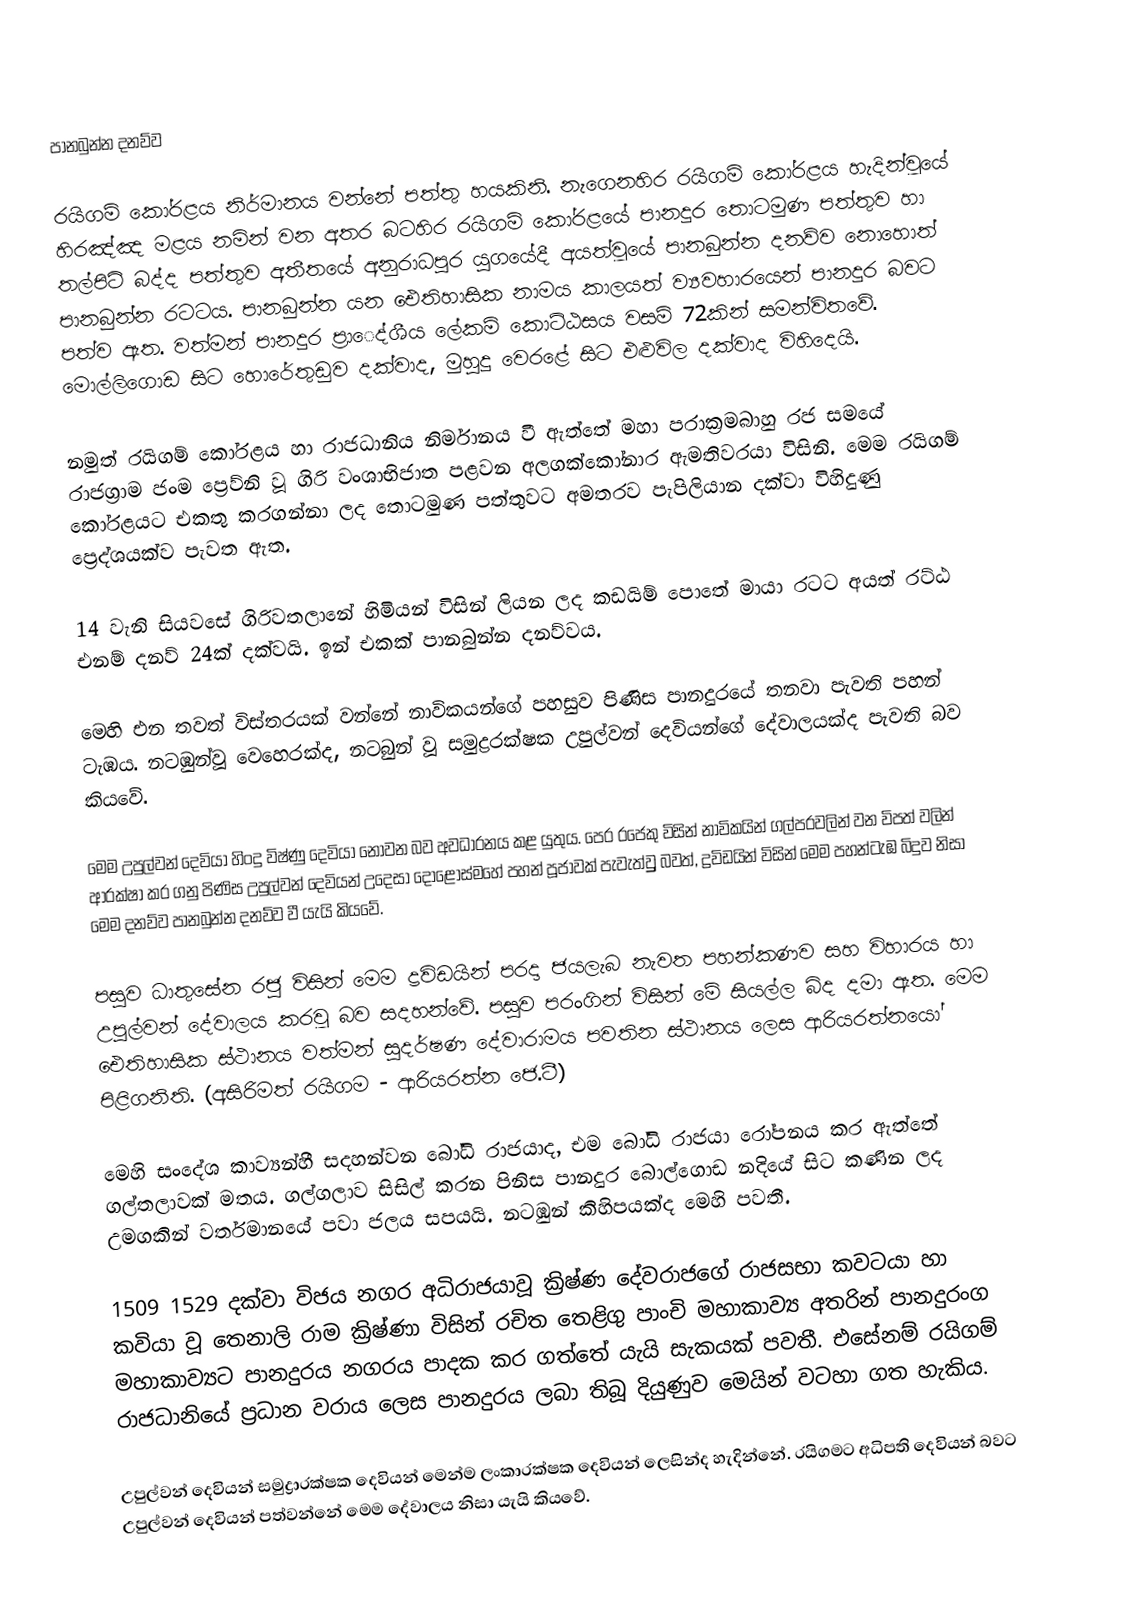
පානබුන්න දනව්ව

රයිගම් කෝරළය නිර්මානය වන්නේ පත්තු හයකිනි. නැගෙනහිර රයිගම් කෝරළය හැදින්වූයේ හිරඤ්ඤ මළය නමින් වන අතර බටහිර රයිගම් කෝරළයේ  පානදුර තොටමුණ පත්තුව හා තල්පිටි බද්ද පත්තුව අතීතයේ අනුරාධපුර යුගයේදී අයත්වූයේ පානබුන්න දනව්ව නොහොත් පානබුන්න රටටය. පානබුන්න යන ඓතිහාසික නාමය කාලයත් ව්‍යවහාරයෙන් පානදුර බවට පත්ව ඇත. වත්මන් පානදුර ප්‍රාෙද්ශීය ලේකම් කොට්ඨසය වසම් 72කින් සමන්විතවේ. මොල්ලිගොඩ සිට හොරේතුඩුව දක්වාද, මුහුදු වෙරළේ සිට එළුවිල දක්වාද විහිදෙයි.

නමුත් රයිගම් කෝරළය හා රාජධානිය නිර්මානය වී ඇත්තේ මහා පරාක්‍රමබාහු රජ සමයේ රාජග්‍රාම ජංම ප්‍රෙව්නි වූ ගිරි වංශාභිජාත පළවන අලගක්කෝනාර ඇමතිවරයා විසිනි. මෙම රයිගම් කෝරළයට එකතු කරගන්නා ලද තොටමුණ පත්තුවට අමතරව පැපිලියාන දක්වා විහිදුණු ප්‍රෙද්ශයක්ව පැවත ඇත.

14 වැනි සියවසේ ගිරිවතලානේ හිමියන් විසින් ලියන ලද කඩයිම් පොතේ මායා රටට අයත් රට්ඨ එනම් දනව් 24ක් දක්වයි. ඉන් එකක් පානබුන්න දනව්වය.

මෙහි එන තවත් විස්තරයක් වන්නේ නාවිකයන්ගේ පහසුව පිණිස පානදුරයේ තනවා පැවති පහන් ටැඹය. නටඹුන්වූ වෙහෙරක්ද, නටබුන් වූ සමුද්‍රරක්ෂක උපුල්වන් දෙවියන්ගේ දේවාලයක්ද පැවති බව කියවේ.

මෙම උපුල්වන් දෙවියා හිංදු විෂ්ණු දෙවියා නොවන බව අවධාරනය කළ යුතුය. පෙර රජෙකු විසින් නාවිකයින් ගල්පරවලින් වන විපත් වලින් ආරක්ෂා කර ගනු පිණිස උපුල්වන් දෙවියන් උදෙසා දොළොස්මහේ පහන් පූජාවක් පැවැත්වුු බවත්, ද්‍රවිඩයින් විසින් මෙම පහන්ටැඹ බිදුව නිසා මෙම දනව්ව පානබුන්න දනව්ව වී යැයි කියවේ.

පසුව ධාතුසේන රජු විසින් මෙම ද්‍රවිඩයින් පරදා ජයලැබ නැවත පහන්කණව සහ විහාරය හා උපුල්වන් දේවාලය කරවූ බව සදහන්වේ. පසුව පරංගින් විසින් මේ සියල්ල බිද දමා ඇත. මෙම ඓතිහාසික ස්ථානය වත්මන් සුදර්ෂණ දේවාරාමය පවතින ස්ථානය ලෙස ආරියරත්නයෝ පිළිගනිති.  (අසිරිමත් රයිගම - ආරියරත්න ජෙ.ටී)

 මෙහි සංදේශ කාව්‍යන්හී සදහන්වන බෝධි රාජයාද, එම බෝධි රාජයා රෝපනය කර ඇත්තේ ගල්තලාවක් මතය. ගල්ගලාව සිසිල් කරන පිනිස පානදුර බොල්ගොඩ නදියේ සිට කණින ලද උමගකින් වර්තමානයේ පවා ජලය සපයයි. නටඹුන් කිහිපයක්ද මෙහි පවතී.

1509 1529 දක්වා විජය නගර අධිරාජයාවූ ක්‍රිෂ්ණ දේවරාජගේ රාජසභා කවටයා හා කවියා වූ තෙනාලි රාම ක්‍රිෂ්ණා විසින් රචිත තෙළිගු පාංචි මහාකාව්‍ය අතරින් පානදුරංග මහාකාව්‍යට පානදුරය නගරය පාදක කර ගත්තේ යැයි සැකයක් පවතී. එසේනම් රයිගම් රාජධානියේ ප්‍රධාන වරාය ලෙස පානදුරය ලබා තිබූ දියුණුව මෙයින් වටහා ගත හැකිය.

උපුල්වන් දෙවියන් සමුද්‍රාරක්ෂක දෙවියන් මෙන්ම ලංකාරක්ෂක දෙවියන් ලෙසින්ද හැදින්නේ. රයිගමට අධිපති දෙවියන් බවට උපුල්වන් දෙවියන් පත්වන්නේ මෙම දේවාලය නිසා යැයි කියවේ.